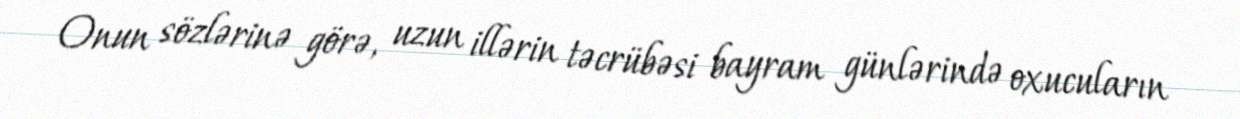
Onun sözlərinə görə, uzun illərin təcrübəsi bayram günlərində oxucuların